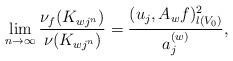
LaTeX: \begin{align*}\lim_{n\to\infty}\frac{\nu_f(K_{wj^n})}{\nu(K_{wj^n})}=\frac{(u_j,A_w f)_{l(V_0)}^2}{a_j^{(w)}},\end{align*}